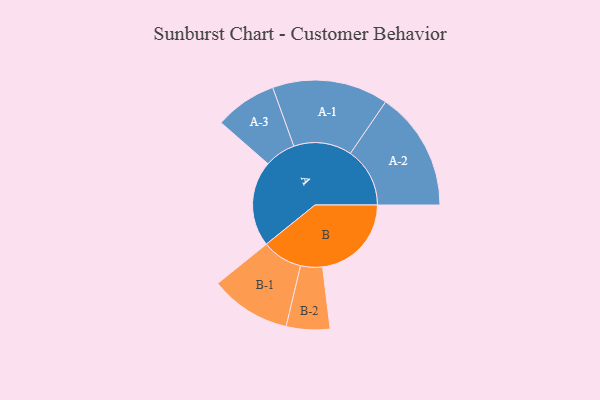
{"axis": {"x": "Segment", "y": "Value"}, "legend": ["", "A", "B"], "data": [{"x": "A", "y": 409, "type": ""}, {"x": "B", "y": 424, "type": ""}, {"x": "A-1", "y": 277, "type": "A"}, {"x": "A-2", "y": 284, "type": "A"}, {"x": "A-3", "y": 148, "type": "A"}, {"x": "B-1", "y": 193, "type": "B"}, {"x": "B-2", "y": 104, "type": "B"}]}